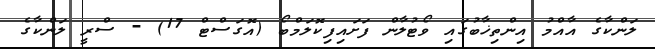
ލަންކާގެ އާއްމު އިންތިޚާބުގައި ވޯޓުލާން ފަށައިފިކޮލަމްބޯ (އޮގަސްޓް 17) - ސްރީ ލަންކާގެ